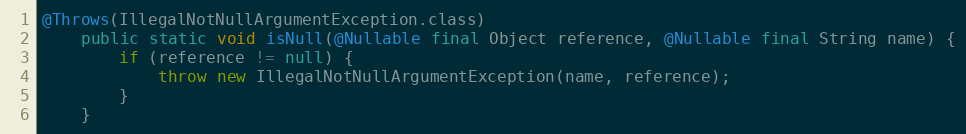
Language: Java
@Throws(IllegalNotNullArgumentException.class)
	public static void isNull(@Nullable final Object reference, @Nullable final String name) {
		if (reference != null) {
			throw new IllegalNotNullArgumentException(name, reference);
		}
	}